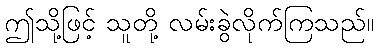
ဤသို့ဖြင့် သူတို့ လမ်းခွဲလိုက်ကြသည်။